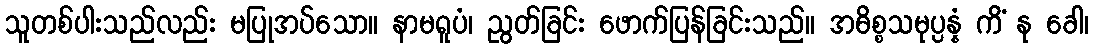
သူတစ်ပါးသည်လည်း မပြုအပ်သော။ နာမရူပံ၊ ညွတ်ခြင်း ဖောက်ပြန်ခြင်းသည်။ အဓိစ္စသမုပ္ပန္နံ ကိံ နု ခေါ၊